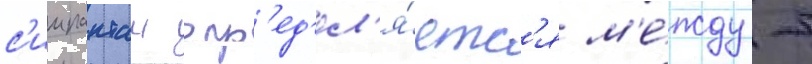
с'иипанташ опр'ед'ел'я́етс'я м'е́жду -